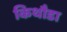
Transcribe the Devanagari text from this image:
किथौडा